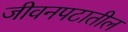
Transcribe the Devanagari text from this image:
जीवनपटातील